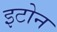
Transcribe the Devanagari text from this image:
इटोन